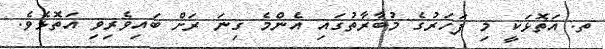
ތ. އަތޮޅަކީ މި ފަހަރުގެ މުބާރާތުގައި އެންމެ ގިނަ ރަށް ބައިވެރިވި އަތޮޅެވެ.